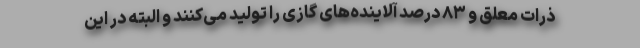
ذرات معلق و ۸۳ درصد آلاینده‌های گازی را تولید می‌کنند و البته در این